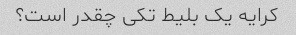
کرایه یک بلیط تکی چقدر است؟